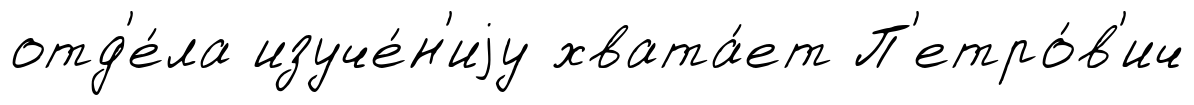
отд'е́ла изуче́н'иjу хвата́ет П'етро́в'ич